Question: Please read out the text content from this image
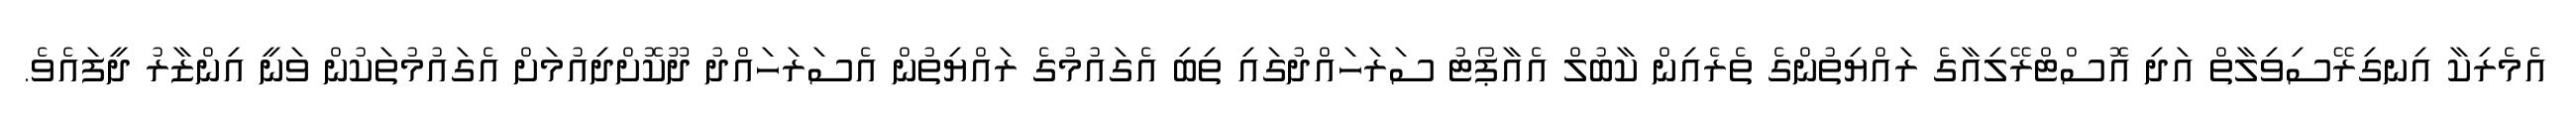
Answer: އެމެރިކާ އިނގިރޭސިވިލާތް އަދި އޮސްޓްރޭލިއާގެ ރައްޔިތުންގެ ތެރެއިން ކާބުލް އެއާޕޯޓު ސަރަހައްދުގައި ތިބި އެގައުމުގެ ރައްޔިތުން އެސަރަހައްދު ދޫކޮށްދިއުމަށް އެގައުމުތަކުން ވަނީ އިންޒާރު ދީފައެވެ.